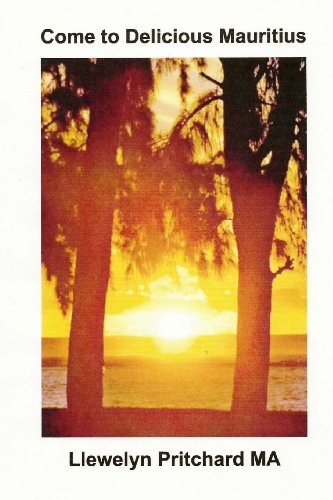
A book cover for Come to Delicious Mauritius: Relax and unwind (Photo Albums) (Volume 19) (Chinese Edition); Llewelyn Pritchard MA; Travel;